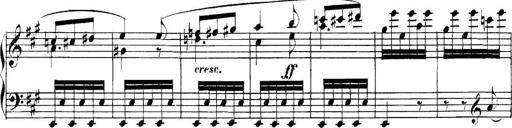
Title: Collected Piano Sonatas
Composer: Muzio Clementi